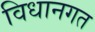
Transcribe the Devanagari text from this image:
विधानगत